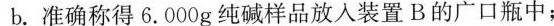
b.准确称得6.000g纯碱样品放入装置B的广口瓶中；